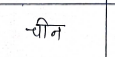
मजकूर: चीन